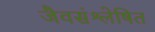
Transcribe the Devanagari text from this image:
जैवसंश्लेषित